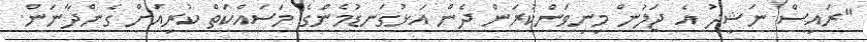
"ރައީސް ނަޝީދު އެ ޖަލުން މިނިވަންކުރަން ދެން އަޅުގަނޑުމެންގެ މަސައްކަތް ކުރިއަށް ގެންދާނަން.